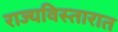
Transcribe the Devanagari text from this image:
राज्यविस्तारात